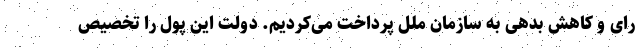
رای و کاهش بدهی‌ به سازمان ملل پرداخت می‌کردیم. دولت این پول را تخصیص